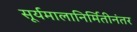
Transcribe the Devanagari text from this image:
सूर्यमालानिर्मितीनंतर